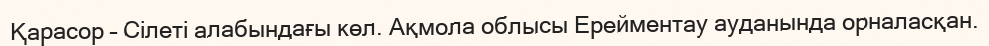
Қарасор – Сілеті алабындағы көл. Ақмола облысы Ерейментау ауданында орналасқан.